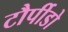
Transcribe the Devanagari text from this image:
टौर्पीडो